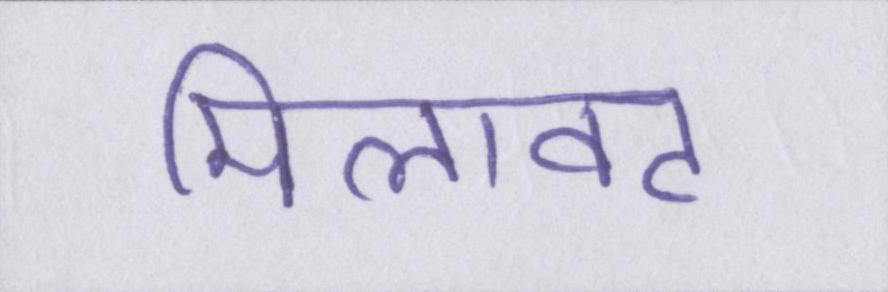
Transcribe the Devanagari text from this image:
मिलावट